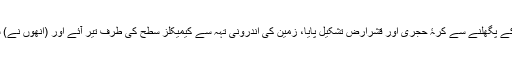
(چوتھے مرحلے میں) بیرونی چٹانوں کے پگھلنے سے کرۂ حجری اور قشرِارض تشکیل پایا، زمین کی اندرونی تہہ سے کیمیکلز سطح کی طرف تیر آئے اور (اُنھوں نے) سمندروں اور اِبتدائی فضا کو تشکیل دیا۔